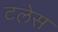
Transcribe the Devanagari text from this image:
टलेस